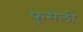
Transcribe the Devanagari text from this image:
फुसेली